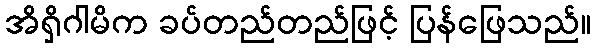
အိရှိဂါမိက ခပ်တည်တည်ဖြင့် ပြန်ဖြေသည်။